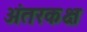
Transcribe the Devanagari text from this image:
अंतरकक्ष